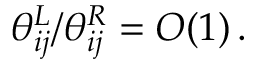
\theta _ { i j } ^ { L } / \theta _ { i j } ^ { R } = { \cal O } ( 1 ) \, .